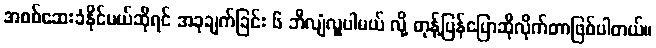
အစစ်ဆေးခံနိုင်မယ်ဆိုရင် အခုချက်ခြင်း ၆ ဘီလျံလှူပါမယ် လို့ တုန့်ပြန်ပြောဆိုလိုက်တာဖြစ်ပါတယ်။